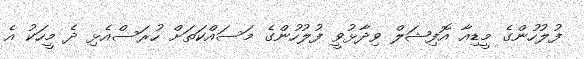
ފުލުހުންގެ މީޑިއާ އޮފިޝަލް ވިދާޅުވީ ފުލުހުންގެ މަސައްކަތަށް ހުރަސްއެޅި ދެ މީހަކު އެ